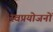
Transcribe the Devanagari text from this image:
स्वप्रयोजनों